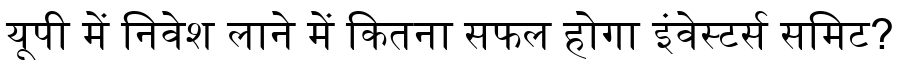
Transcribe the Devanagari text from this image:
यूपी में निवेश लाने में कितना सफल होगा इंवेस्टर्स समिट?